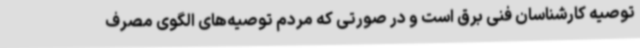
توصیه کارشناسان فنی برق است و در صورتی که مردم توصیه‌های الگوی مصرف